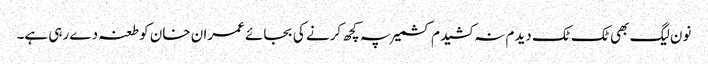
نون لیگ بھی ٹک ٹک دیدم نہ کشیدم کشمیر پہ کچھ کرنے کی بجائے عمران خان کو طعنہ دے رہی ہے۔